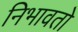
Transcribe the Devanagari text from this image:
निभावतो